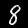
Digit: 8